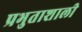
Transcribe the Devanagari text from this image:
प्रभुताशाली